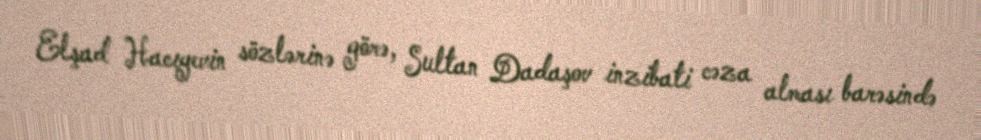
Elşad Hacıyevin sözlərinə görə, Sultan Dadaşov inzibati cəza alması barəsində